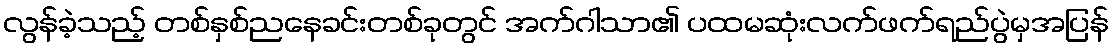
လွန်ခဲ့သည့် တစ်နှစ်ညနေခင်းတစ်ခုတွင် အက်ဂါသာ၏ ပထမဆုံးလက်ဖက်ရည်ပွဲမှအပြန်